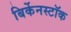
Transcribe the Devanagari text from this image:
बिर्केनस्टॉक